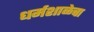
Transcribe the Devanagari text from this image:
धर्मशाळेचा